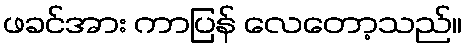
ဖခင်အား ကာပြန် လေတော့သည်။